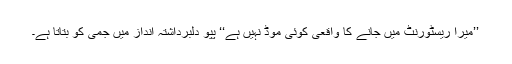
’’میرا ریسٹورنٹ میں جانے کا واقعی کوئی موڈ نہیں ہے‘‘ پپو دلبرداشتہ انداز میں جمی کو بتاتا ہے۔